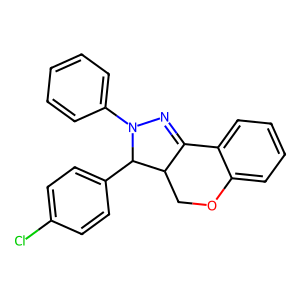
SMILES: Clc1ccc(C2C3COc4ccccc4C3=NN2c2ccccc2)cc1
Inhibits HIV replication: No